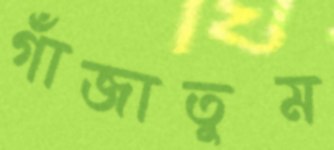
গাঁজাতুম